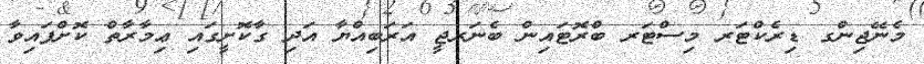
މެނޭޖިންގ ޑިރެކްޓަރ މިސްޓަރ ބްރޮޓައިން ބެނަރޖީ އަރަބިއްޔާ އަދި ގާކޮށީގައި ޢިމާރާތް ކޮށްފައިވާ